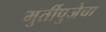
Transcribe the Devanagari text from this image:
मुर्तीपुजेचा